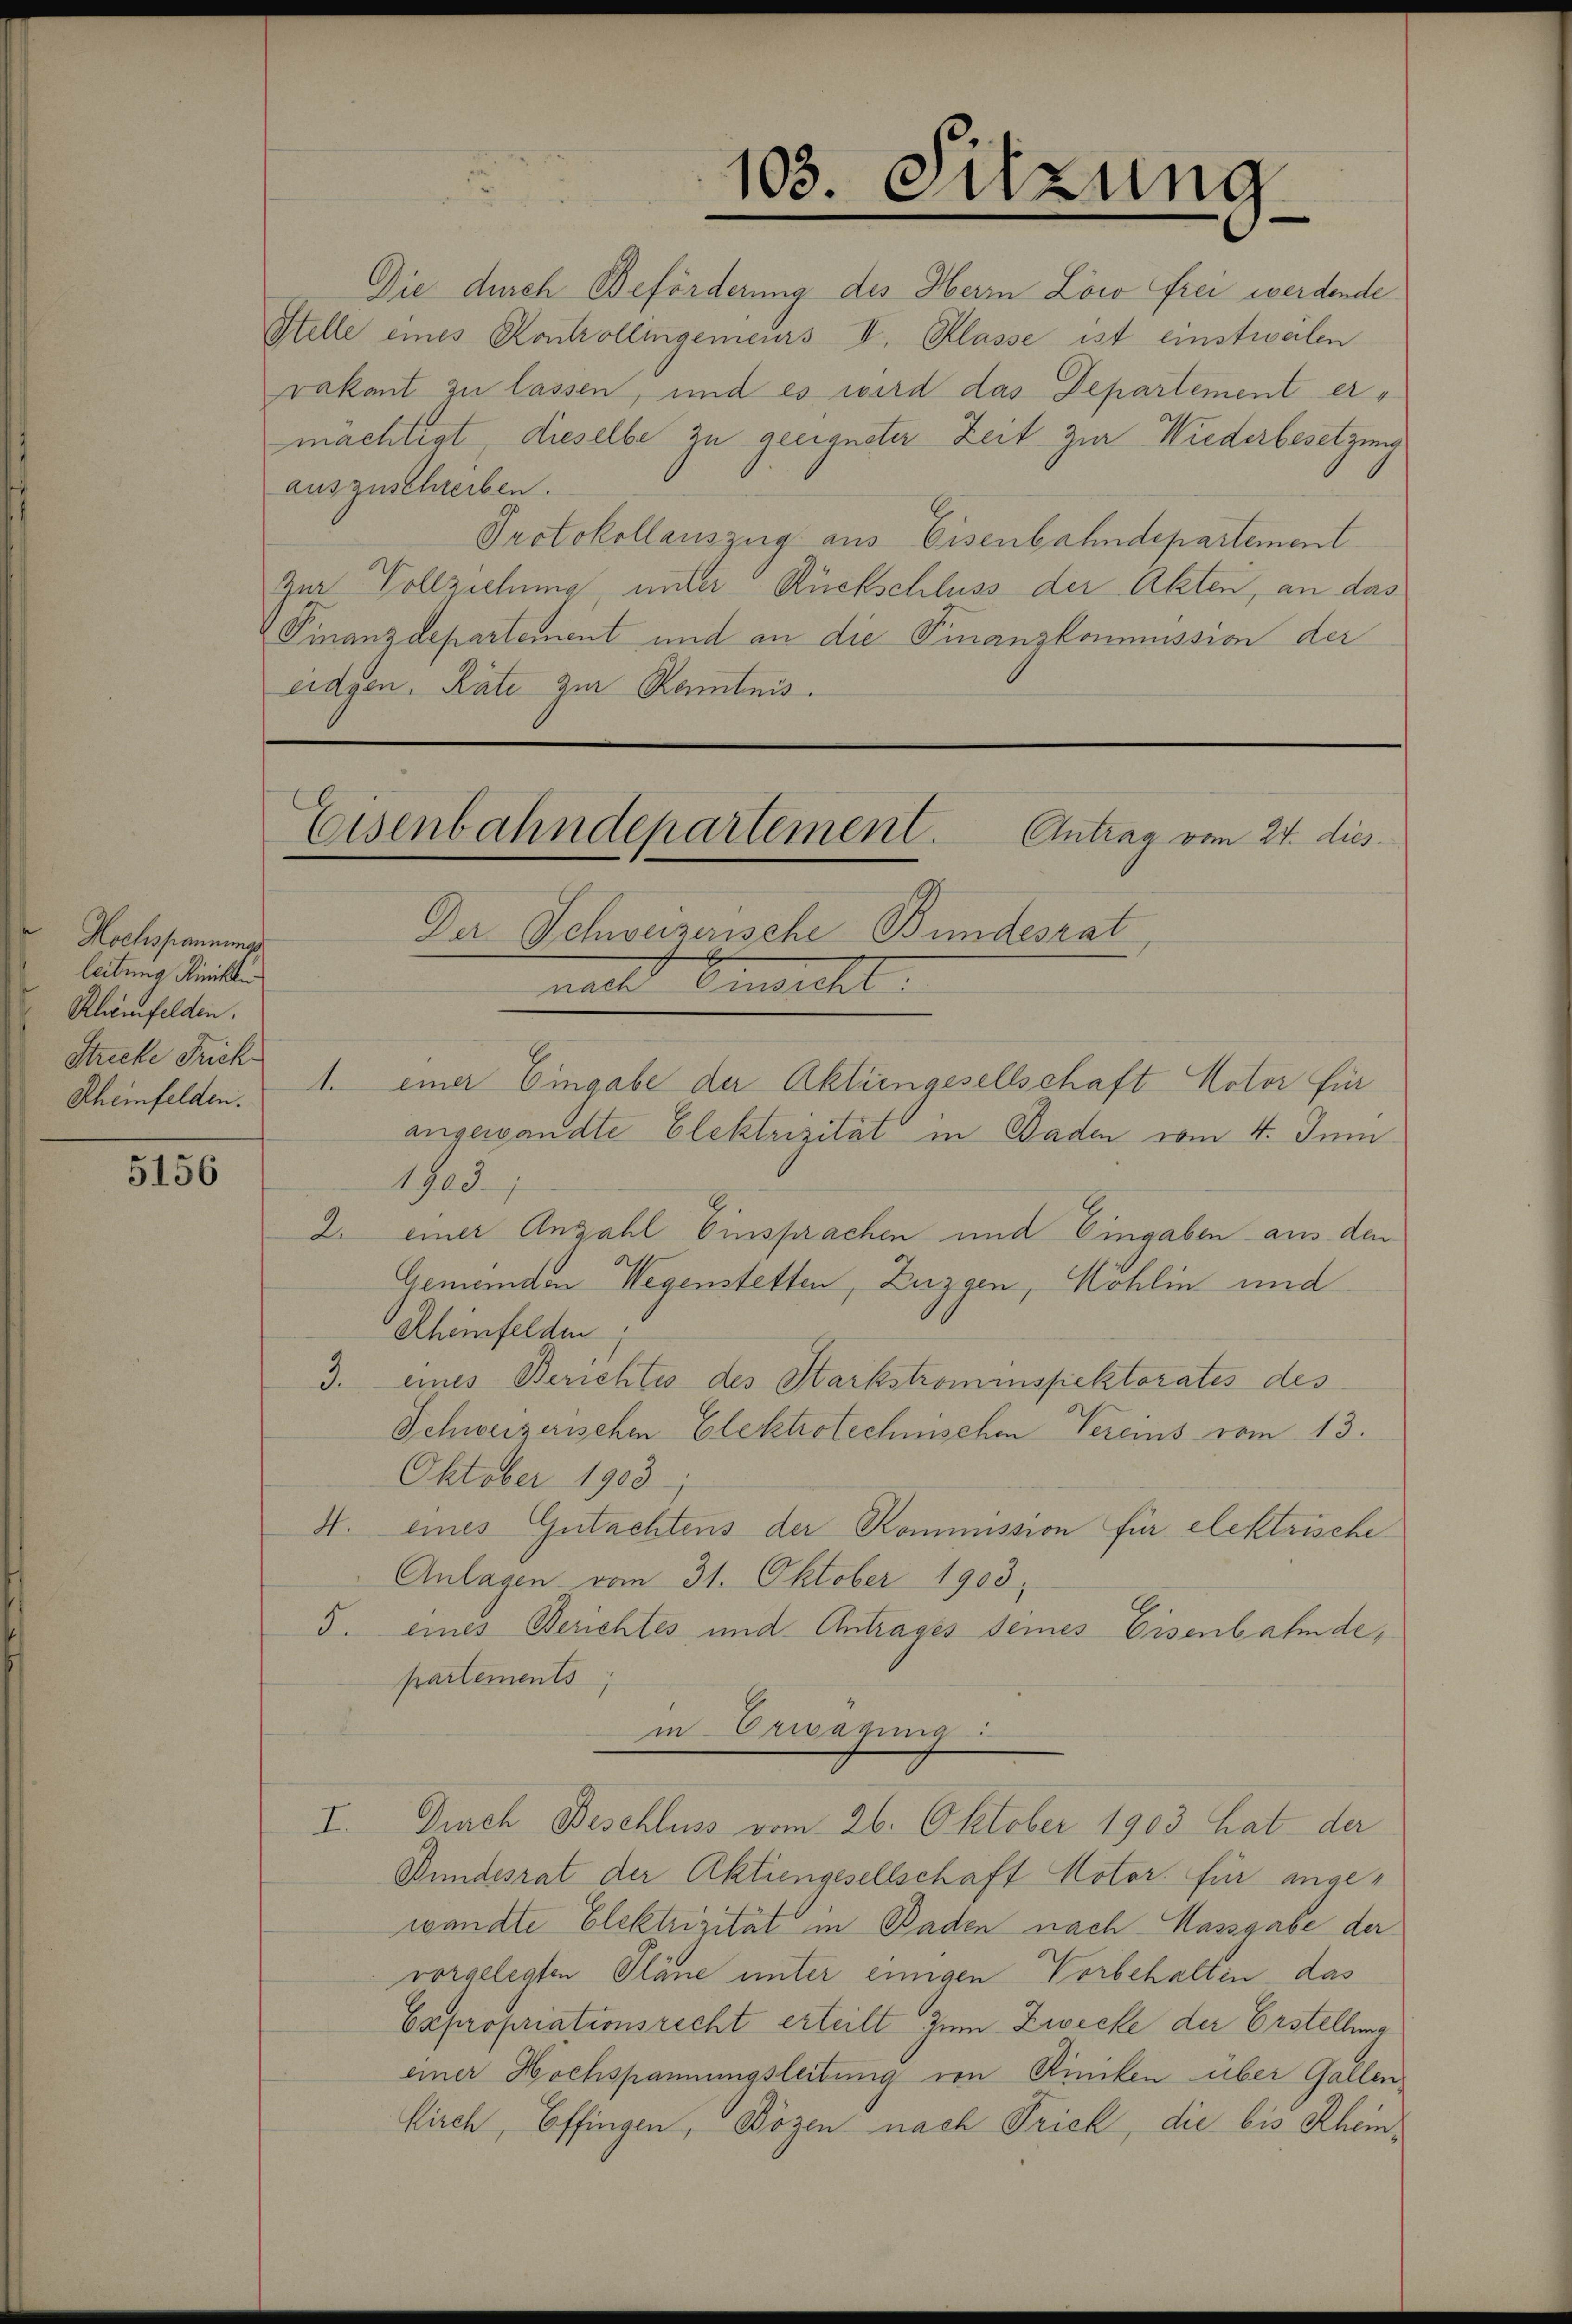
Hochspannungs
leitung Kinken
Rhemfelden.
Strecke Frick
Rheinfelden.

5156

Die durch Beförderung des Herrn Löw frei werdende
Stelle eines Kontrollingeneurs II. Klasse ist einstweilen
vakant zu lassen, und es wird das Departement er-
machtigt, dieselbe zu geeigneter Zeit zur Wiederbesetzung
auszuschreiben.
Protokollauszug aus Eisenbahndepartement
Zur Vollziehung unter Rückschluss der Akten, an das
Finanzdepartement und an die Finanzkommission der
eidgen. Rate zur Kenntnis.

angesandte Elektrizität in Baden vom 4. Juni
1903
2. einer Anzahl Einsprachen und Eingaben aus den
Gemeinden Wegenstetten, Zuggen, Möhlin und
Rheinfelden
3. eines Berichtes des Starkstrominspektorates des
Schweizerischen Elektrotechnischen Vereins vom 13.
Oktober 1903
4. eines Gutachtens der Kommission für elektrische
Anlagen vom 31. Oktober 1903
5. eines Berichtes und Antrages seines Eisenbahnde,
partements
in Erwägung
I. Durch Beschluss vom 26. Oktober 1903 hat der
Bundesrat der Aktiengesellschaft Notor. für angewandte Elektrizität in Baden nach Massgabe der
vorgelegten Pläne unter einigen Vorbehalten das
Capropriationsrecht erteilt zum Zwecke der Erstellung
einer Hochspannungsleitung von Riniken über Gallen
Kirch, Effingen, Bögen nach Frick, die bis Rhein¬

103. Sitzung

Eisenbahndepartement. Antrag vom 24. dies
Der Schweizerische Bundesrat
nall Einsicht.

1. einer Eingabe der Aktiengesellschaft Motor für